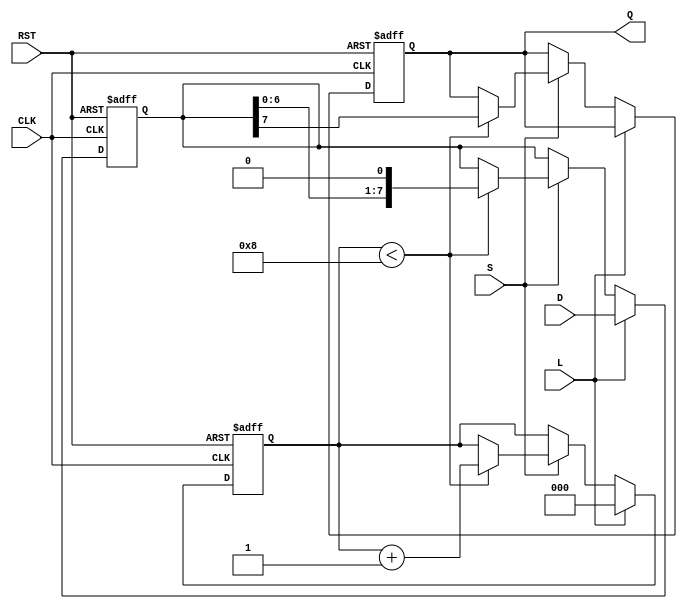
module PISO_Register (
    input  wire [7:0] D,     // 8-bit parallel data input
    input  wire L,           // Load control signal
    input  wire S,           // Shift control signal
    input  wire CLK,         // Clock signal
    input  wire RST,         // Asynchronous reset signal
    output reg  Q            // Serial output
);

    reg [7:0] shift_reg;     // Internal 8-bit shift register
    reg [2:0] bit_count;     // Counter to keep track of shifted bits

    // Asynchronous reset and data loading
    always @(posedge CLK or posedge RST) begin
        if (RST) begin
            shift_reg <= 8'b0; // Clear the register on reset
            bit_count <= 3'b0;  // Reset bit counter
            Q <= 1'b0;          // Reset serial output
        end else if (L) begin
            shift_reg <= D;     // Load data into the shift register
            bit_count <= 3'b0;  // Reset bit counter after loading
        end else if (S) begin
            if (bit_count < 8) begin
                Q <= shift_reg[7]; // Output the MSB
                shift_reg <= {shift_reg[6:0], 1'b0}; // Shift left and fill LSB with 0
                bit_count <= bit_count + 1; // Increment bit counter
            end
        end
    end

endmodule